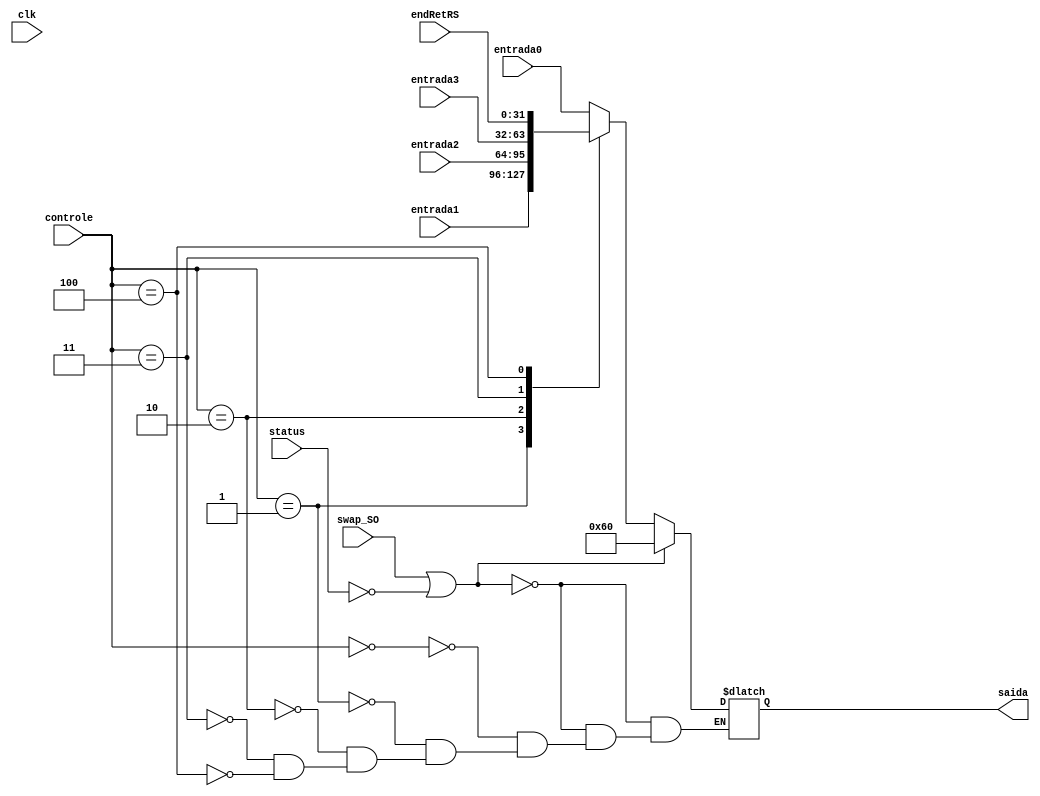
// multiplexador determina a fonte da proxima instrucao
module mux_prox_instr (clk, endRetRS, entrada0, entrada1, entrada2, entrada3, saida, controle, swap_SO, status);

input clk;
input [31:0] entrada0; // contem o endereco de PC + 1
input [31:0] entrada1; // contem o endereco da instrucao PC + desvio imediato
input [31:0] entrada2; // contem o endereco da instrucao como imediato
input [31:0] entrada3; // contem o endereco da instrucao do registrador
input swap_SO; //identifica quando o SO deve ser retomado
output reg [31:0] saida; // endereco da proxima instrucao entregue ao PC
input [2:0] controle; // armazena os sinais de controle
input [31:0] endRetRS;
input status;

initial saida = 32'd0;

always @(*)
begin
	if(swap_SO == 1 || status == 0)
	begin
		saida = 32'd96;
	end
	else
	begin
		
			case(controle)
				3'd0: saida = entrada0; // PC + 1
				3'd1: saida = entrada1; // Salto com endereco em registrador
				3'd2: saida = entrada2; // Salto com endereco no valor imediato
				3'd3: saida = entrada3; // Desvio com posicao calculada
				3'd4:	saida = endRetRS; // posicao da ultima instrucao do proc
			endcase
		
	end
end
endmodule